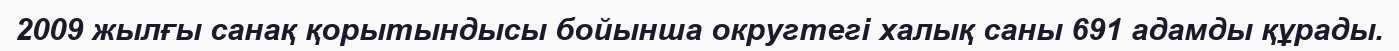
2009 жылғы санақ қорытындысы бойынша округтегі халық саны 691 адамды құрады.